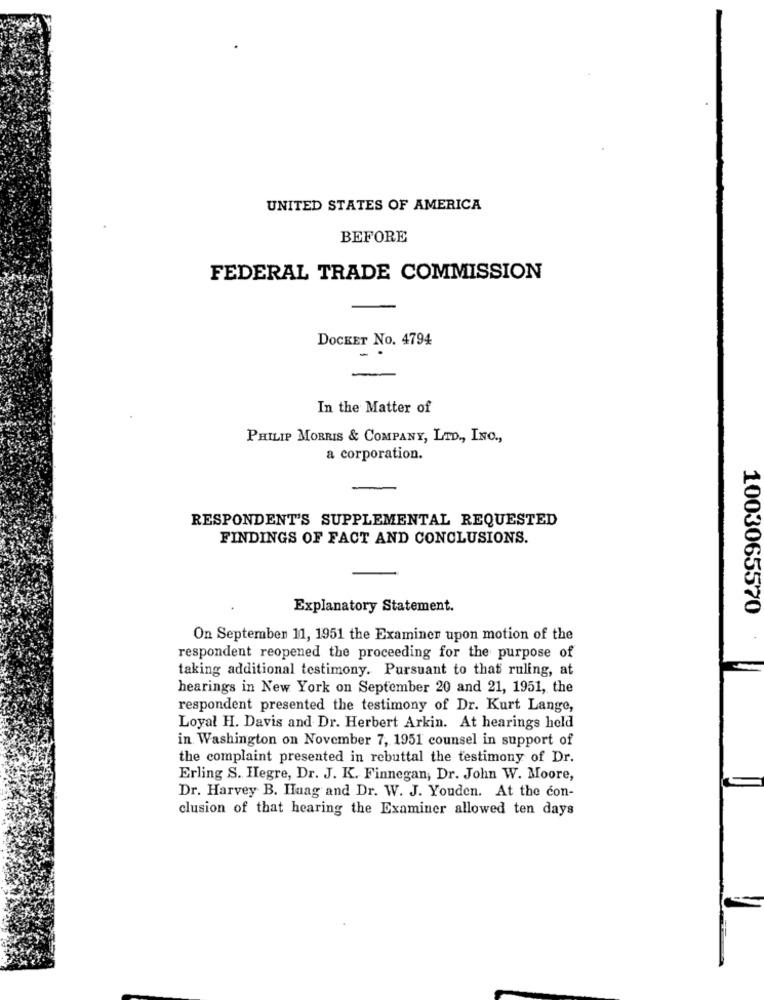
UNITED STATES OF AMERICA
BEFORE
FEDERAL TRADE COMMISSION
DOCKET NO. 4794
-
In the Matter of
PHILIP MORRIS & COMPANY, LTD ., INC .,
a corporation.
RESPONDENT'S SUPPLEMENTAL REQUESTED
FINDINGS OF FACT AND CONCLUSIONS.
Explanatory Statement.
1003065570
On September 11, 1951 the Examiner upon motion of the
respondent reopened the proceeding for the purpose of
taking additional testimony. Pursuant to that ruling, at
hearings in New York on September 20 and 21, 1951, the
respondent presented the testimony of Dr. Kurt Lange,
Loyal H. Davis and Dr. Herbert Arkin. At hearings held
in Washington on November 7, 1951 counsel in support of
the complaint presented in rebuttal the testimony of Dr.
Erling S. Hegre, Dr. J. K. Finnegan, Dr. John W. Moore,
Dr. Harvey B. Haag and Dr. W. J. Youden. At the con-
clusion of that hearing the Examiner allowed ten days